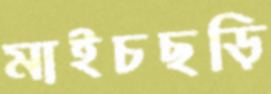
মাইচছড়ি